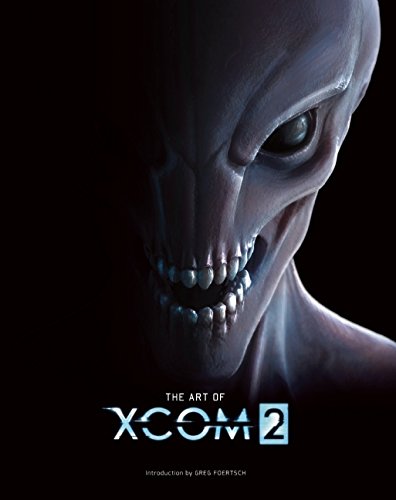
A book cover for The Art of XCOM 2; Arts & Photography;